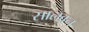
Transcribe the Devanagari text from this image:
सालवन